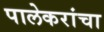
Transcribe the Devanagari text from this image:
पालेकरांचा